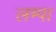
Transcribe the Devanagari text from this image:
लम्पा